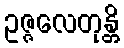
ဥဇ္ဇလေတုန္တိ